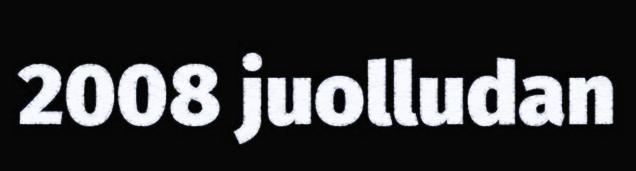
2008 juolludan